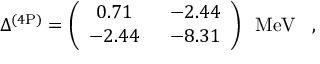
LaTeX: \Delta ^ { ( 4 \mathrm { P } ) } = \left( \begin{array} { c c } { { 0 . 7 1 \; } } & { { \; - 2 . 4 4 } } \\ { { - 2 . 4 4 \; } } & { { \; - 8 . 3 1 } } \end{array} \right) \; \; \mathrm { M e V } \; \; \; ,